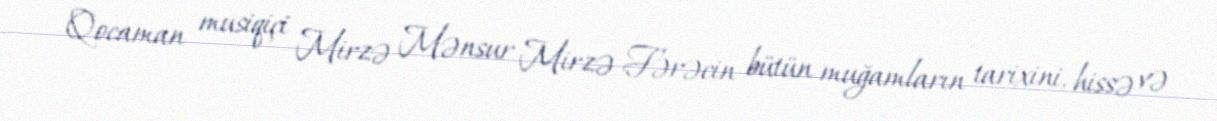
Qocaman musiqiçi Mirzə Mənsur Mirzə Fərəcin bütün muğamların tarixini, hissə və